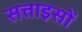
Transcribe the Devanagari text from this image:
सत्ताइसों